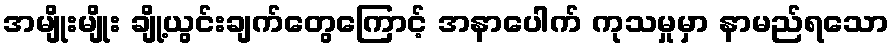
အမျိုးမျိုး ချို့ယွင်းချက်တွေကြောင့် အနာပေါက် ကုသမှုမှာ နာမည်ရသော